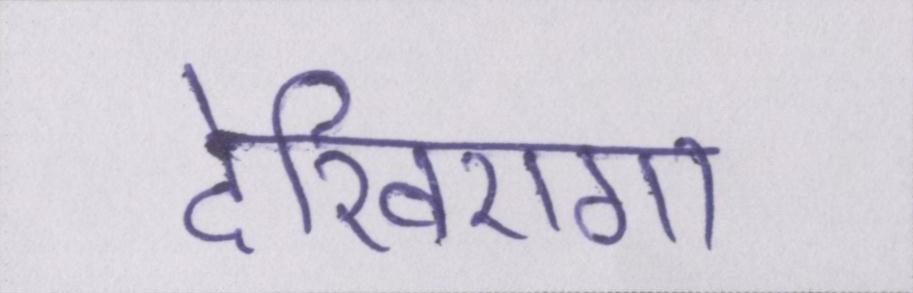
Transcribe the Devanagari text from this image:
देखिएगा